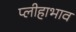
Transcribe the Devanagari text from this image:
प्लीहाभाव